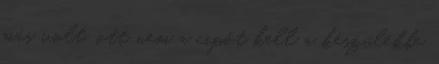
más volt, ott nem a cipőt kell a készülékbe